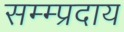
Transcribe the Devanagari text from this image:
सम्म्प्रदाय